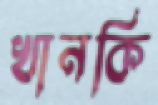
খানকি